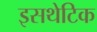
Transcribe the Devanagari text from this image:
इसथेटिक